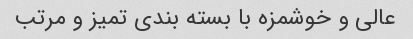
عالی و خوشمزه با بسته بندی تمیز و مرتب